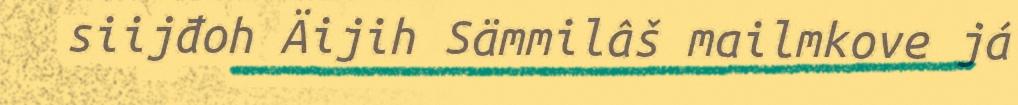
siijđoh Äijih Sämmilâš mailmkove já